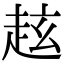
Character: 𧺻